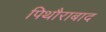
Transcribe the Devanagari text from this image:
पिथौराबाद